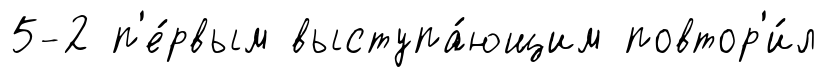
5-2 п'е́рвым выступа́ющим повтор'и́л